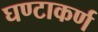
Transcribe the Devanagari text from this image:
घण्टाकर्ण